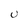
Character: U